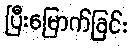
ပြီးမြောက်ခြင်း